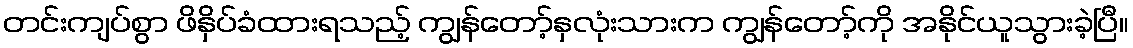
တင်းကျပ်စွာ ဖိနှိပ်ခံထားရသည့် ကျွန်တော့်နှလုံးသားက ကျွန်တော့်ကို အနိုင်ယူသွားခဲ့ပြီ။